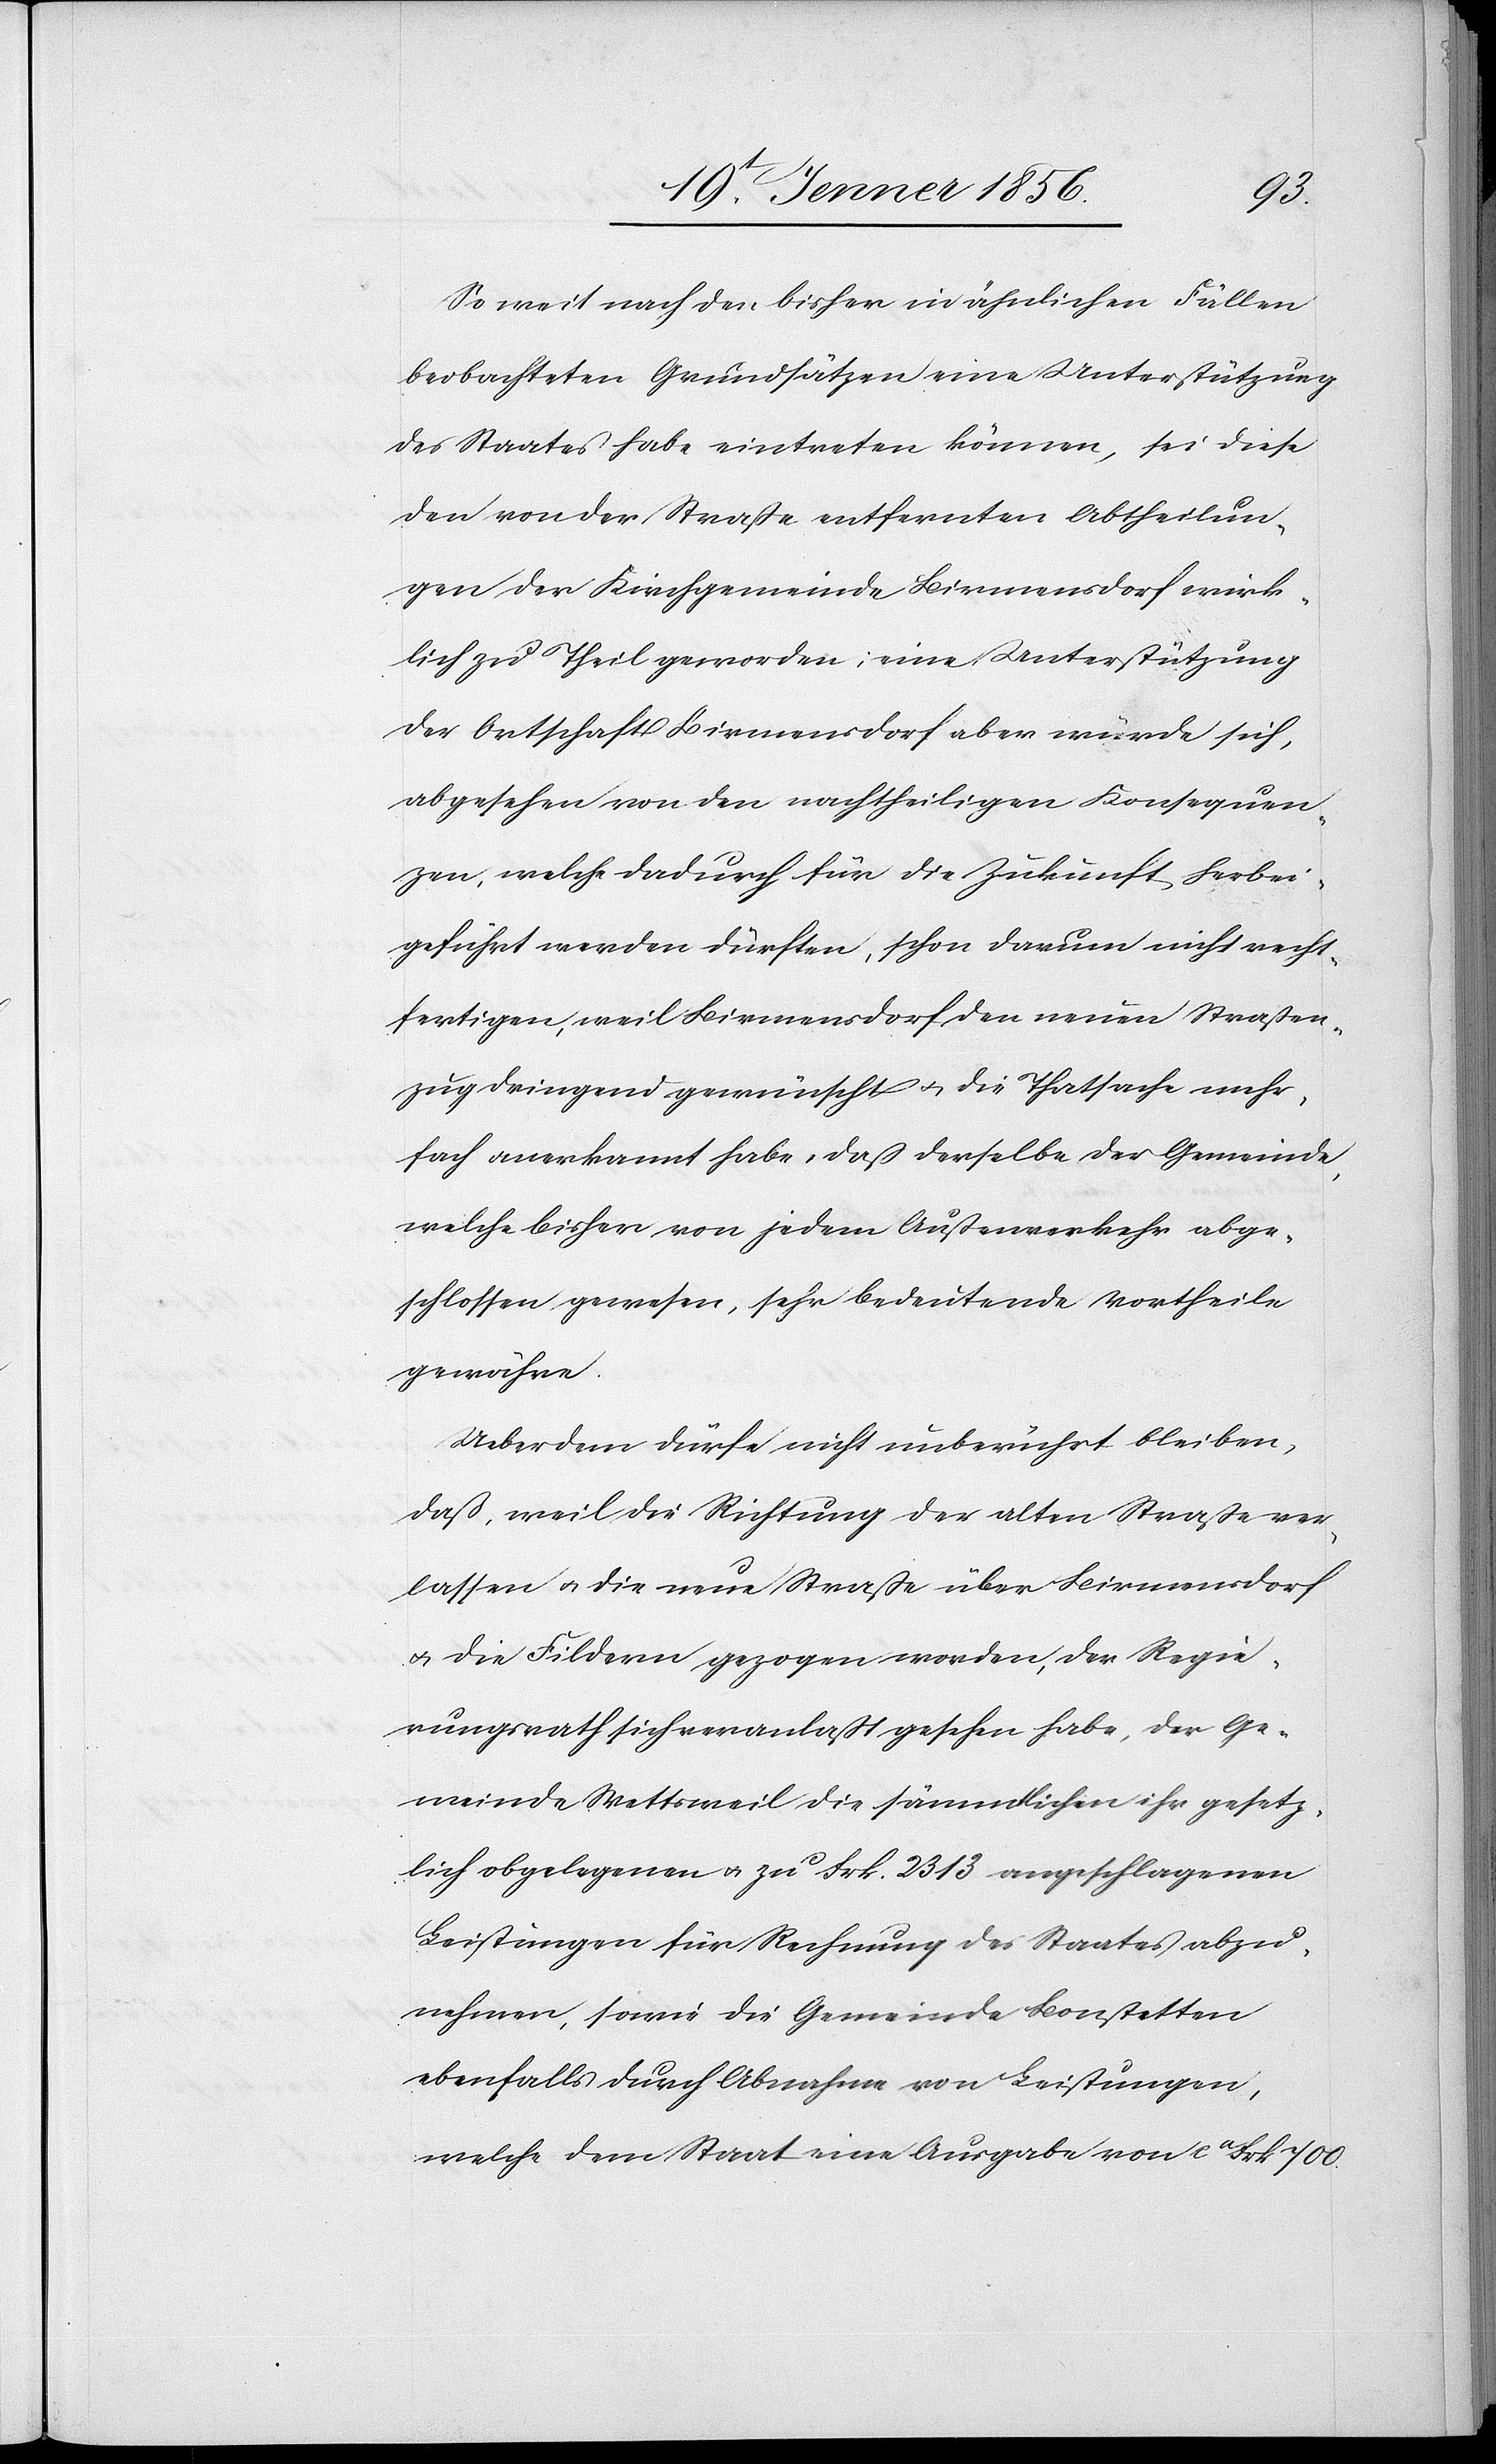
So weit nach den bisher in ähnlichen Fällen
beobachteten Grundsätzen eine Unterstützung
des Staates habe eintreten können, sei diese
den von der Straße entfernten Abtheilun¬
gen der Kirchgemeinde Birmensdorf wirk¬
lich zu Theil geworden; eine Unterstützung
der Ortschaft Birmensdorf aber würde sich,
abgesehen von den nachtheiligen Konsequen¬
zen, welche dadurch für die Zukunft herbei¬
geführt werden dürften, schon darum nicht recht¬
fertigen, weil Birmensdorf den neuen Straßen¬
zug dringend gewünscht u. die Thatsache mehr¬
fach anerkannt habe, daß derselbe der Gemeinde,
welche bisher von jedem Außenverkehr abge¬
schlossen gewesen, sehr bedeutende Vortheile
gewähren.
Ueberdem dürfe nicht unberührt bleiben,
daß, weil die Richtung der alten Straße ver¬
lassen u. die neue Straße über Birmensdorf
u. die Fildern gezogen worden, der Regie¬
rungsrath sich veranlaßt gesehen habe, der Ge¬
meinde Wettsweil die sämmtlichen ihr gesetz¬
lich obgelegenen u. zu ca Frk. 2313 angeschlagenen
Leistungen für Rechnung des Staates abzu¬
nehmen, sowie die Gemeinde Bonstetten
ebenfalls durch Abnahme von Leistungen,
welche dem Staat eine Ausgabe von ca Frk 700.